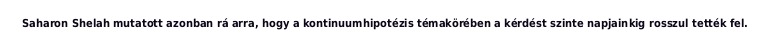
Saharon Shelah mutatott azonban rá arra, hogy a kontinuumhipotézis témakörében a kérdést szinte napjainkig rosszul tették fel.